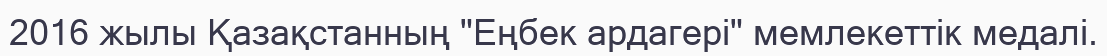
2016 жылы Қазақстанның "Еңбек ардагері" мемлекеттік медалі.